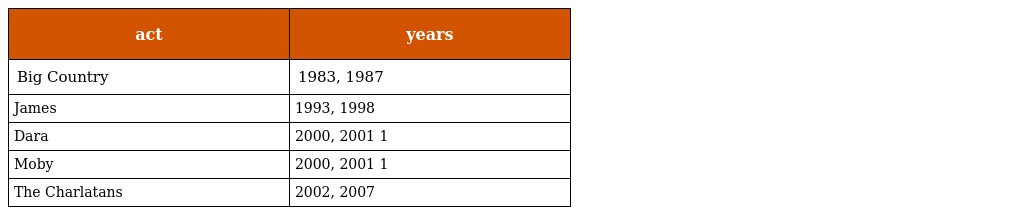
| act | years |
 | --- | --- |
 | Big Country | 1983, 1987 |
 | James | 1993, 1998 |
 | Dara | 2000, 2001 1 |
 | Moby | 2000, 2001 1 |
 | The Charlatans | 2002, 2007 |